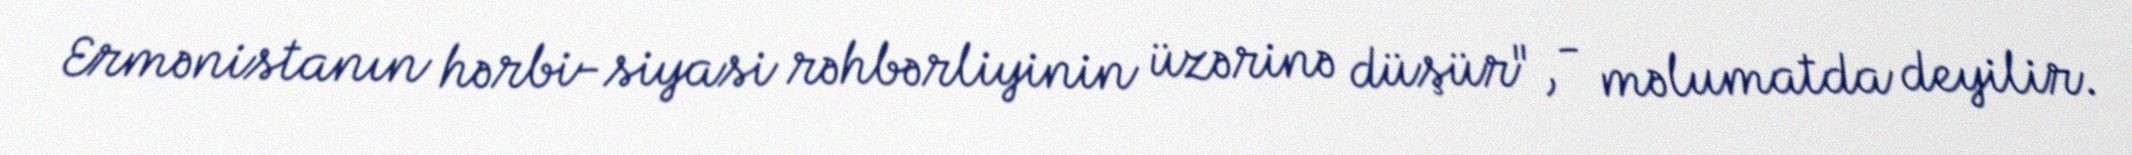
Ermənistanın hərbi-siyasi rəhbərliyinin üzərinə düşür", - məlumatda deyilir.